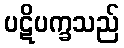
ပဋိပက္ခသည်